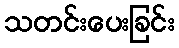
သတင်းပေးခြင်း